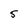
Character: 5